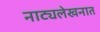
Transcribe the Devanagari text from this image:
नाट्यलेखनात